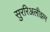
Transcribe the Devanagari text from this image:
सुररिअलीझम